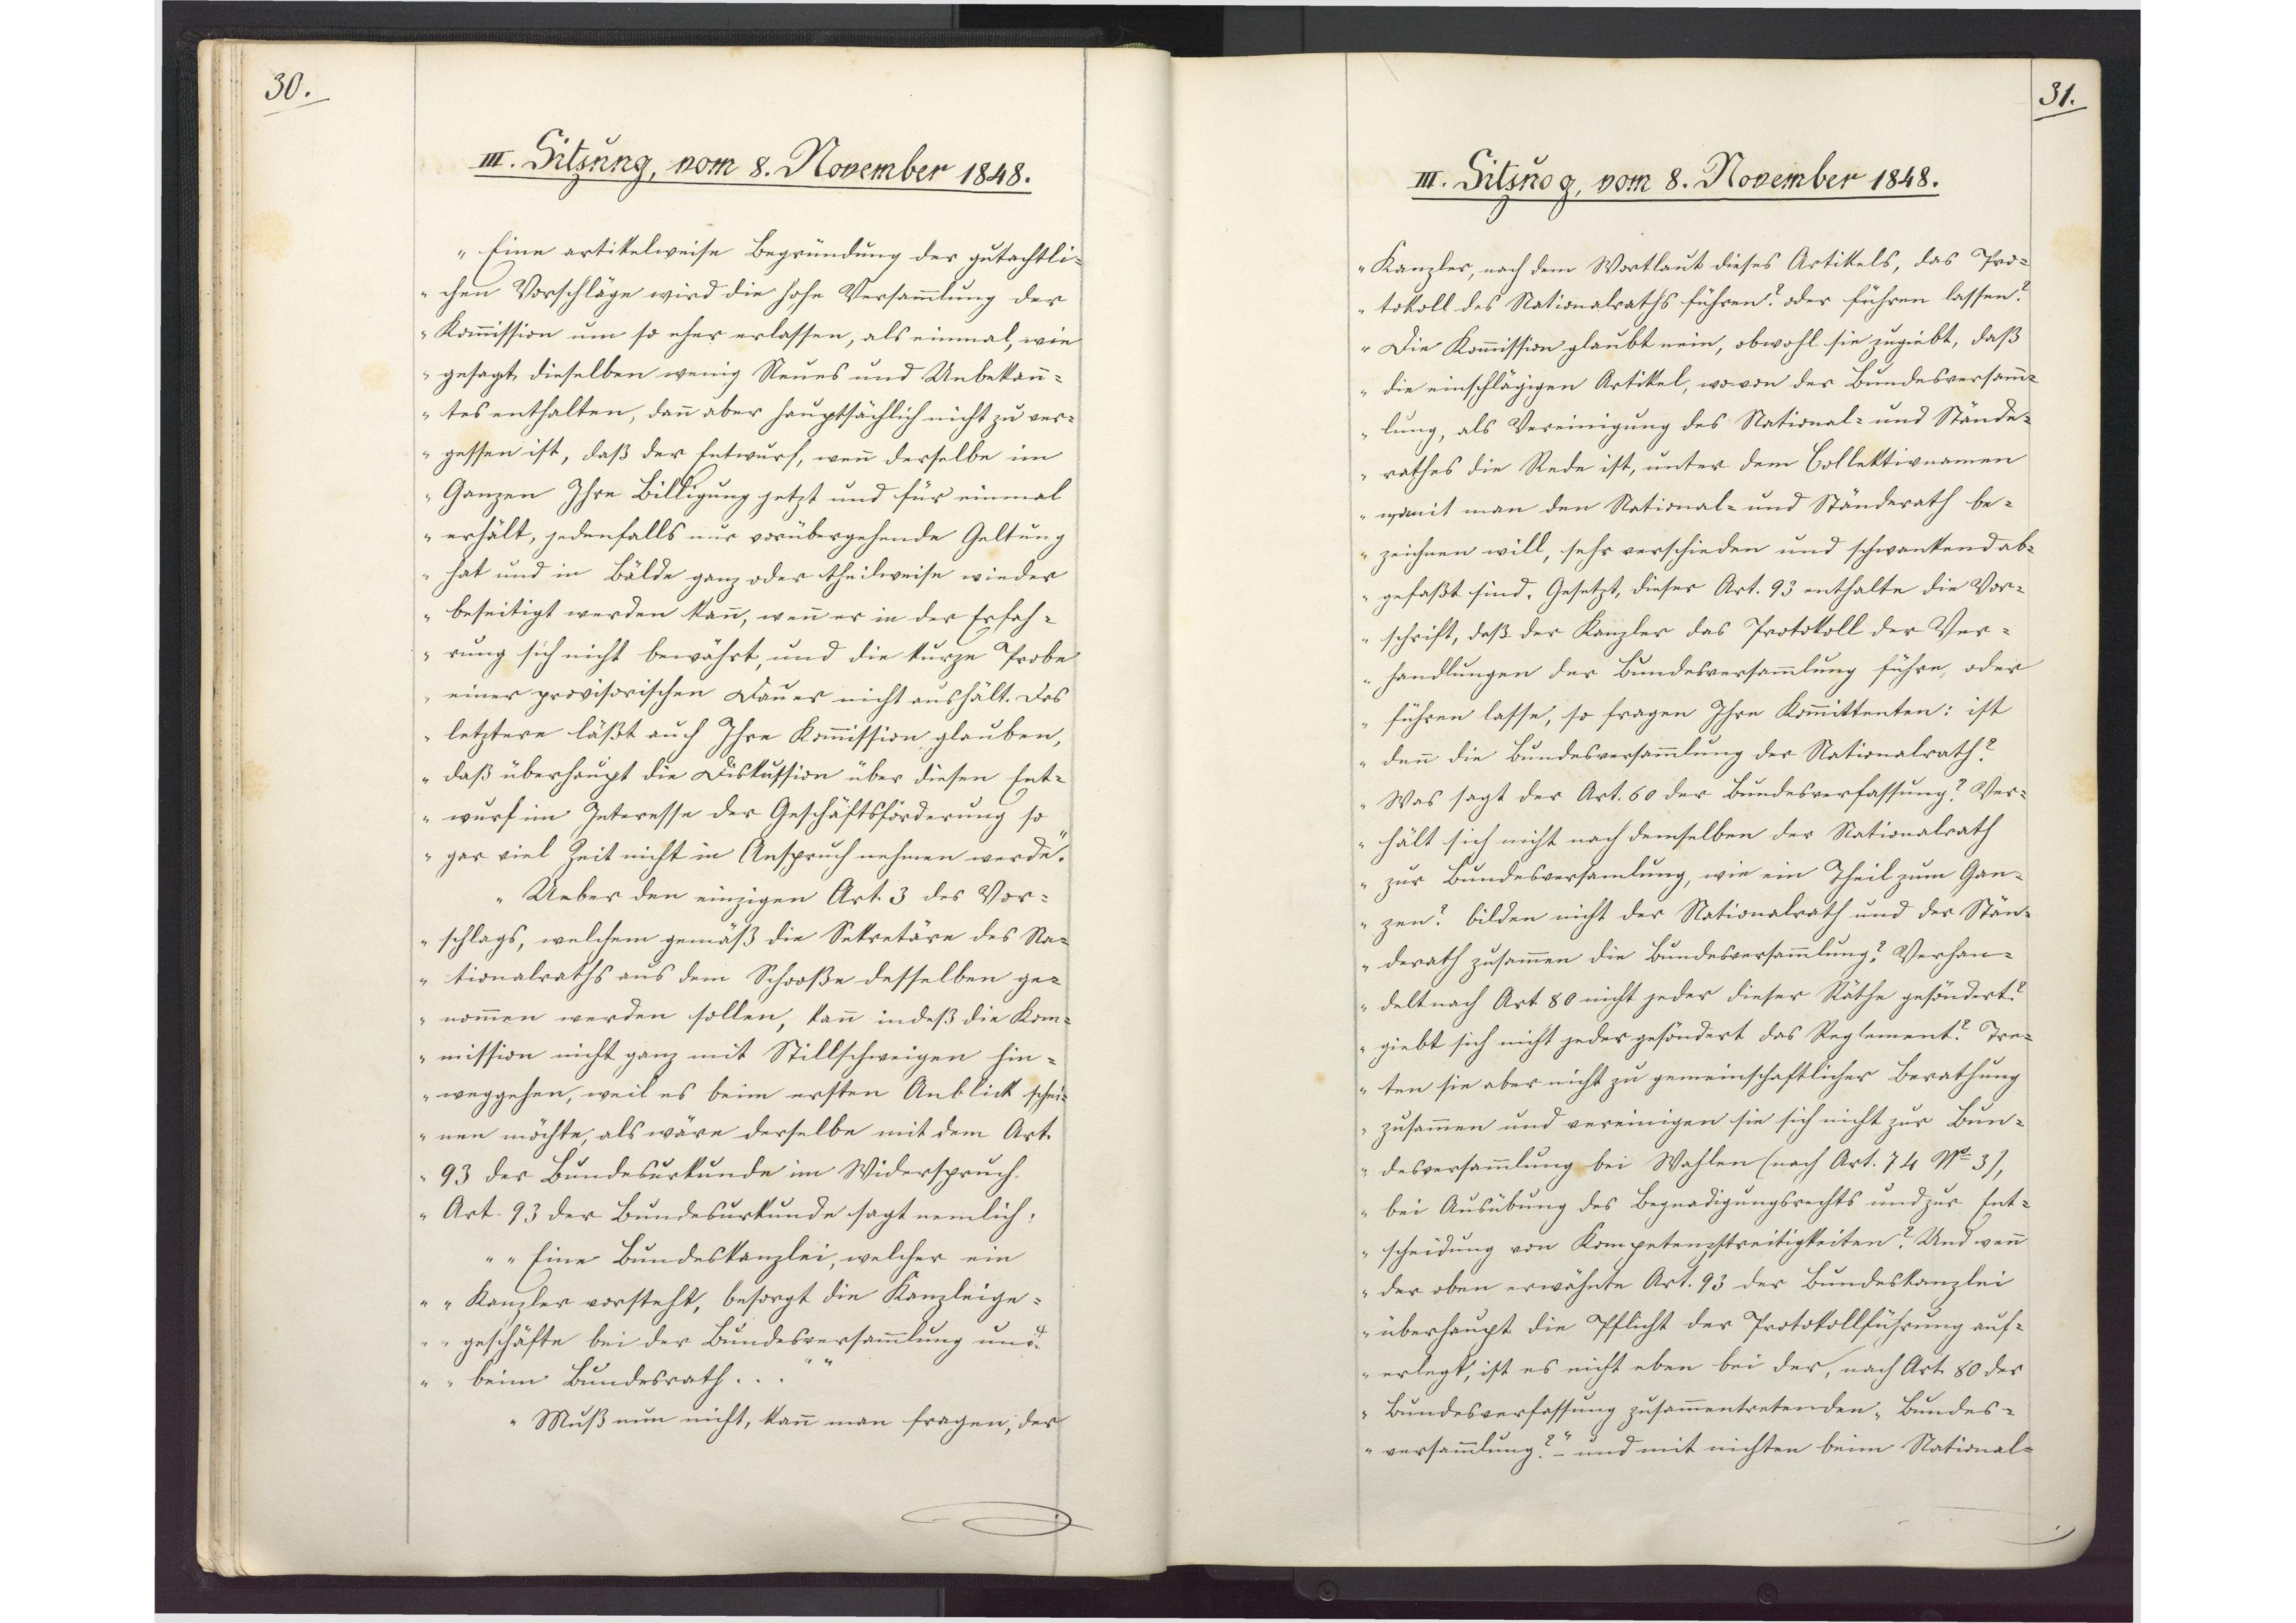
30.

III. Sitzung, vom 8. November 1848.

Eine artikelweise Begründung der gutachtli¬
chen Vorschläge wird die hohe Versammlung der
Kommission um so eher erlassen, als einmal, wie
gesagt, dieselben wenig Neues und Unbekann¬
tes enthalten, dann aber hauptsächlich nicht zu ver¬
gessen ist, daß der Entwurf, wenn derselbe im
Ganzen Ihre Billigung jetzt und für einmal
erhält, jedenfalls nur vorübergehende Geltung
hat und in Bälde ganz oder theilweise wieder
beseitigt werden kann, wenn er in der Erfah¬
rung sich nicht bewährt, und die kurze Probe
einer provisorischen Dauer nicht aushält. Das
letztere läßt auch Ihre Kommission glauben,
daß überhaupt die Diskussion über diesen Ent¬
wurf im Interesse der Geschäftsförderung so
gar viel Zeit nicht in Anspruch nehmen werde.
Ueber den einzigen Art. 3 des Vor¬
schlags, welchem gemäß die Sekretäre des Na¬
tionalraths aus dem Schooße desselben ge¬
nommen werden sollen, kann indeß die Kom¬
mission nicht ganz mit Stillschweigen hin¬
weggehen, weil es beim ersten Anblick schei¬
nen möchte, als wäre derselbe mit dem Art.
93 der Bundesurkunde im Widerspruch.
Art. 93 der Bundesurkunde sagt nemlich:
"Eine Bundeskanzlei, welcher ein
Kanzler vorsteht, besorgt die Kanzleige¬
geschäfte bei der Bundesversammlung und
beim Bundesrath."
Muß nun nicht, kann man fragen, der

31.

III. Sitzung, vom 8. November 1848.

Kanzler, nach dem Wortlaut dieses Artikels, das Pro¬
tokoll des Nationalraths führen? oder führen lassen?
Die Kommission glaubt nein, obwohl sie zugiebt, daß
die einschlägigen Artikel, wovon der Bundesversamm¬
lung, als Vereinigung des National- und Stände¬
rathes die Rede ist, unter dem Collektivnamen
womit man den National- und Ständerath be¬
zeichnen will, sehr verschieden und schwankend ab¬
gefaßt sind. Gesetzt, dieser Art. 93 enthalte die Vor¬
schrift, daß der Kanzler das Protokoll der Ver¬
handlungen der Bundesversammlung führe, oder
führen lasse, so fragen Ihre Kommittenten: ist
denn die Bundesversammlung der Nationalrath?
Was sagt der Art. 50 der Bundesverfassung? Ver¬
hält sich nicht nach demselben der Nationalrath
zur Bundesversammlung, wie ein Theil zum Gan¬
zen? Bilden nicht der Nationalrath und der Stän¬
derath zusammen die Bundesversammlung? Verhan¬
delt nach Art. 80 nicht jeder dieser Räthe gesöndert?
giebt sich nicht jeder gesöndert das Reglement? Tre¬
ten sie aber nicht zu gemeinschaftlicher Berathung
zusammen und vereinigen sie sich nicht zur Bun¬
desversammlung bei Wahlen (nach Art. 74 No 3),
bei Ausübung des Begnadigungsrechts und zur Ent¬
scheidung von Kompetenzstreitigkeiten? Und wenn
der oben erwähnte Art. 93 der Bundeskanzlei
überhaupt die Pflicht der Protokollführung auf¬
erlegt, ist es nicht eben bei der, nach Art. 80 der
Bundesverfassung zusammentretenden "Bundes¬
versammlung?" und mit nichten beim National¬